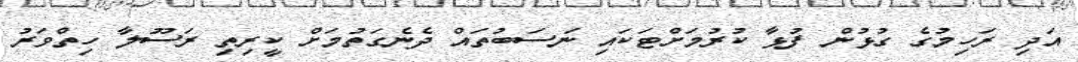
އަދި ރަހިމުގެ ގުޅުން ފުޅާ ކުރުމަށްޓަކައި ނަސަބުތައް ދެނެގަތުމަށް ކީރިތި ރަސޫލާ ހިތްވަރު